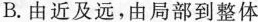
B.由近及远，由局部到整体